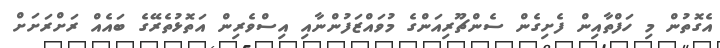
އެގޮތުން މި ހަފްތާއިން ފެށިގެން ސެންޗޫރިއަންގެ މުވައްޒަފުންނާއި އިސްވެރިން އަތޮޅުތެރޭގެ ބައެއް ރަށްރަށަށް